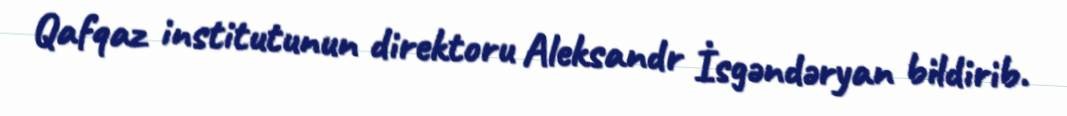
Qafqaz institutunun direktoru Aleksandr İsgəndəryan bildirib.